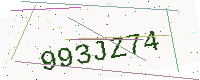
Text: 993JZ74